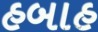
હબાહ